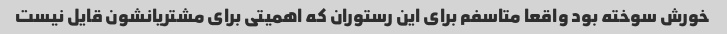
خورش سوخته بود واقعا متاسفم برای این رستوران که اهمیتی برای مشتریانشون قایل نیست